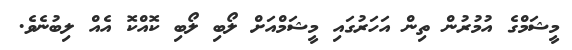
މީޝަމްގެ އުމުރުން ތިން އަހަރުގައި މީޝަމްއަށް ލޯބި ލޯބި ކޮއްކޮ އެއް ލިބުނެވެ.